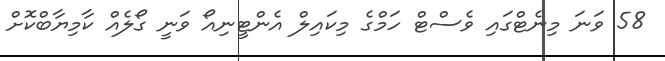
58 ވަނަ މިނެޓްގައި ވެސްޓް ހަމްގެ މިކައިލް އެންޓީނިއޯ ވަނީ ގޯލެއް ކާމިޔާބްކޮށް